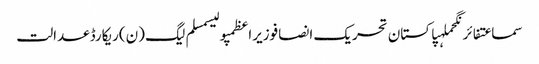
سماعتفائرنگحملہپاکستان تحریک انصافوزیراعظمپولیسمسلم لیگ (ن)ریکارڈعدالت